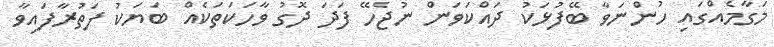
މަގާމެއްގައި ހުންނަވާ ބޭފުޅަކު ދައްކަވަން ނުޖެހޭ ފަދަ ދޮގު ވާހަކަތަކެއް ބަޔަކު ފަތުރާފައިވާ